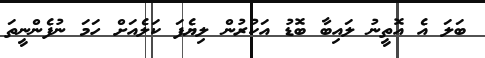
ބަލަ އެ އޮތީނު ލައިބާ ބޮޑު އަކުރުން ލިޔެފަ ކަލެއަށް ހަމަ ނުފެންނީތަ